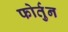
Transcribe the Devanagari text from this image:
फोर्तुन